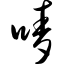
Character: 唛